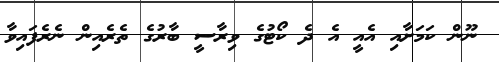
ނޫން ކަމަށާއި އެއީ އެ ދެ ކޯޓުގެ ވިރާސީ ބާރުގެ ތެރެއިން ނެރެފައިވާ